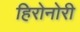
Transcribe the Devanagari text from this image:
हिरोनोरी